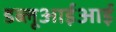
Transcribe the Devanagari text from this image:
डब्लूआईआई